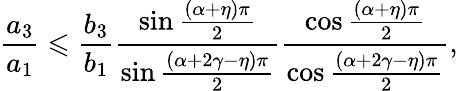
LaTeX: \frac{a_{3}}{a_{1}}\leqslant\frac{b_{3}}{b_{1}}\frac{\sin\frac{\left(\alpha+\eta\right)\pi}{2}}{\sin\frac{\left(\alpha+2\gamma-\eta\right)\pi}{2}}\frac{\cos\frac{\left(\alpha+\eta\right)\pi}{2}}{\cos\frac{\left(\alpha+2\gamma-\eta\right)\pi}{2}},